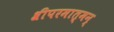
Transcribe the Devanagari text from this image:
श्रीपरमात्मन्